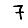
Digit: 7